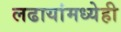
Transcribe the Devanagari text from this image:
लढायांमध्येही